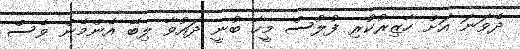
ދެވަނަ އަށް ހާޒިރުކުރި ފުލުސް މީހާ ބުނީ ދައުވާ ލިބޭ އެންމެން ވެސް